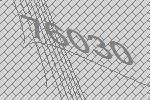
76030